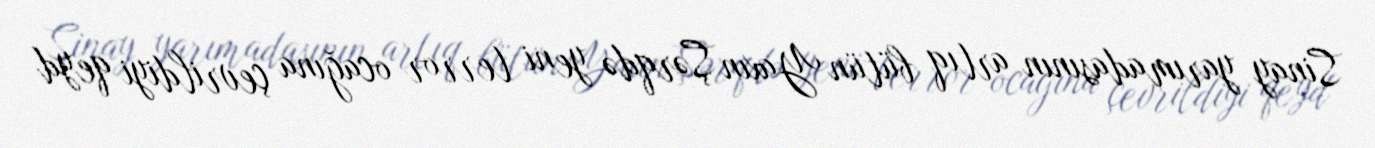
Sinay yarımadasının artıq bütün Yaxın Şərqdə yeni terror ocağına çevrildiyi qeyd